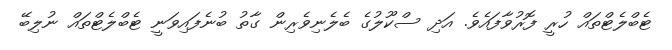
ޓެބްލެޓްތައް ހުރީ ފޮރުވާފައެވެ. އަދި ސްކޫލުގެ ބެލެނިވެރިން ގާތު ބުނެފައިވަނީ ޓެބްލެޓްތައް ނުލިބޭ